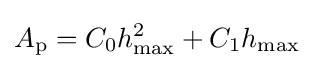
A_{\text{p}}=C_{0}h_{\text{max}}^{2}+C_{1}h_{\text{max}}